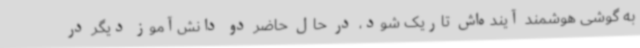
به گوشی هوشمند آینده‌اش تاریک شود، در حال حاضر دو دانش‌آموز دیگر در